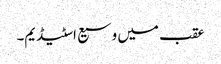
عقب میں وسیع اسٹیڈیم۔